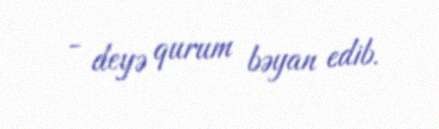
- deyə qurum bəyan edib.